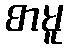
စာမူ